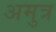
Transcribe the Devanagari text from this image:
अमुत्र